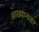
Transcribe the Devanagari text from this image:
आख्यानावर